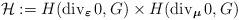
LaTeX: \begin{align*} \mathcal{H} := H(\operatorname{div}_{\boldsymbol{\varepsilon}} 0, G) \times H(\operatorname{div}_{\boldsymbol{\mu}} 0, G) \end{align*}